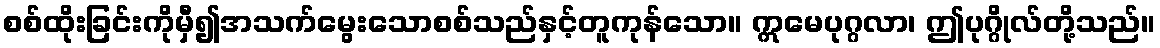
စစ်ထိုးခြင်းကိုမှီ၍အသက်မွေးသောစစ်သည်နှင့်တူကုန်သော။ ဣမေပုဂ္ဂလာ၊ ဤပုဂ္ဂိုလ်တို့သည်။